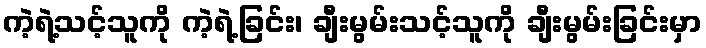
ကဲ့ရဲ့သင့်သူကို ကဲ့ရဲ့ခြင်း၊ ချီးမွမ်းသင့်သူကို ချီးမွမ်းခြင်းမှာ